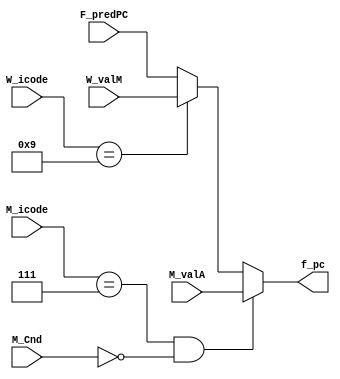
module Sel_PC (
    output reg [63:0]f_pc,
    input [63:0]F_predPC,
    input [63:0]W_valM,
    input [3:0]W_icode,
    input [63:0]M_valA,
    input M_Cnd,
    input [3:0]M_icode
);

 always @(*)
    begin
        if((M_icode == 4'd7)&&(!M_Cnd))
        begin
            f_pc<=M_valA;
        end
        else if (W_icode == 4'd9)
        begin
            f_pc<=W_valM;
        end
        else
        begin
            f_pc<=F_predPC;
        end            
    end
endmodule